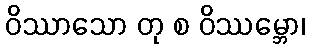
ဝိဿာသော တု စ ဝိဿမ္ဘော၊